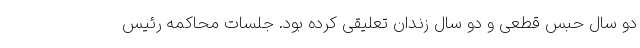
دو سال حبس قطعی و دو سال زندان تعلیقی کرده بود. جلسات محاکمه رئیس